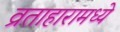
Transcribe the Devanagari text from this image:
व्रताहारामध्ये